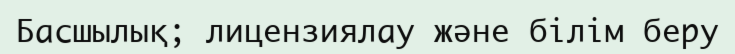
Басшылық; лицензиялау және білім беру